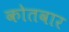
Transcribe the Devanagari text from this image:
कोतवार